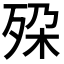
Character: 𬆔